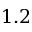
1 . 2